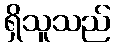
ရှိသူသည်